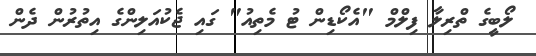
ލޯބީގެ ތްރިލާ ފިލްމް "އެކޯޑިން ޓު މެތިއު" ގައި ޖެކުއަލިންގެ އިތުރުން ދެން